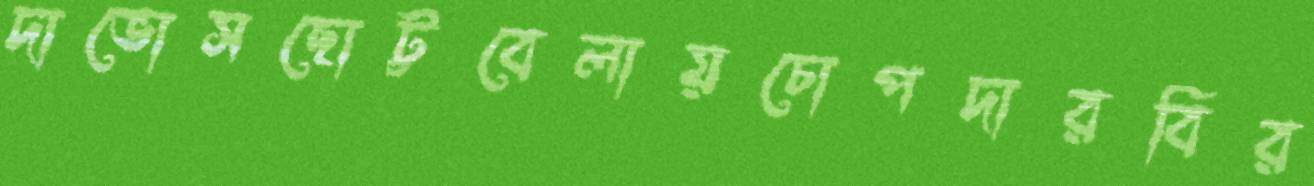
দাভোসছোট্টবেলায়চোপদারবির